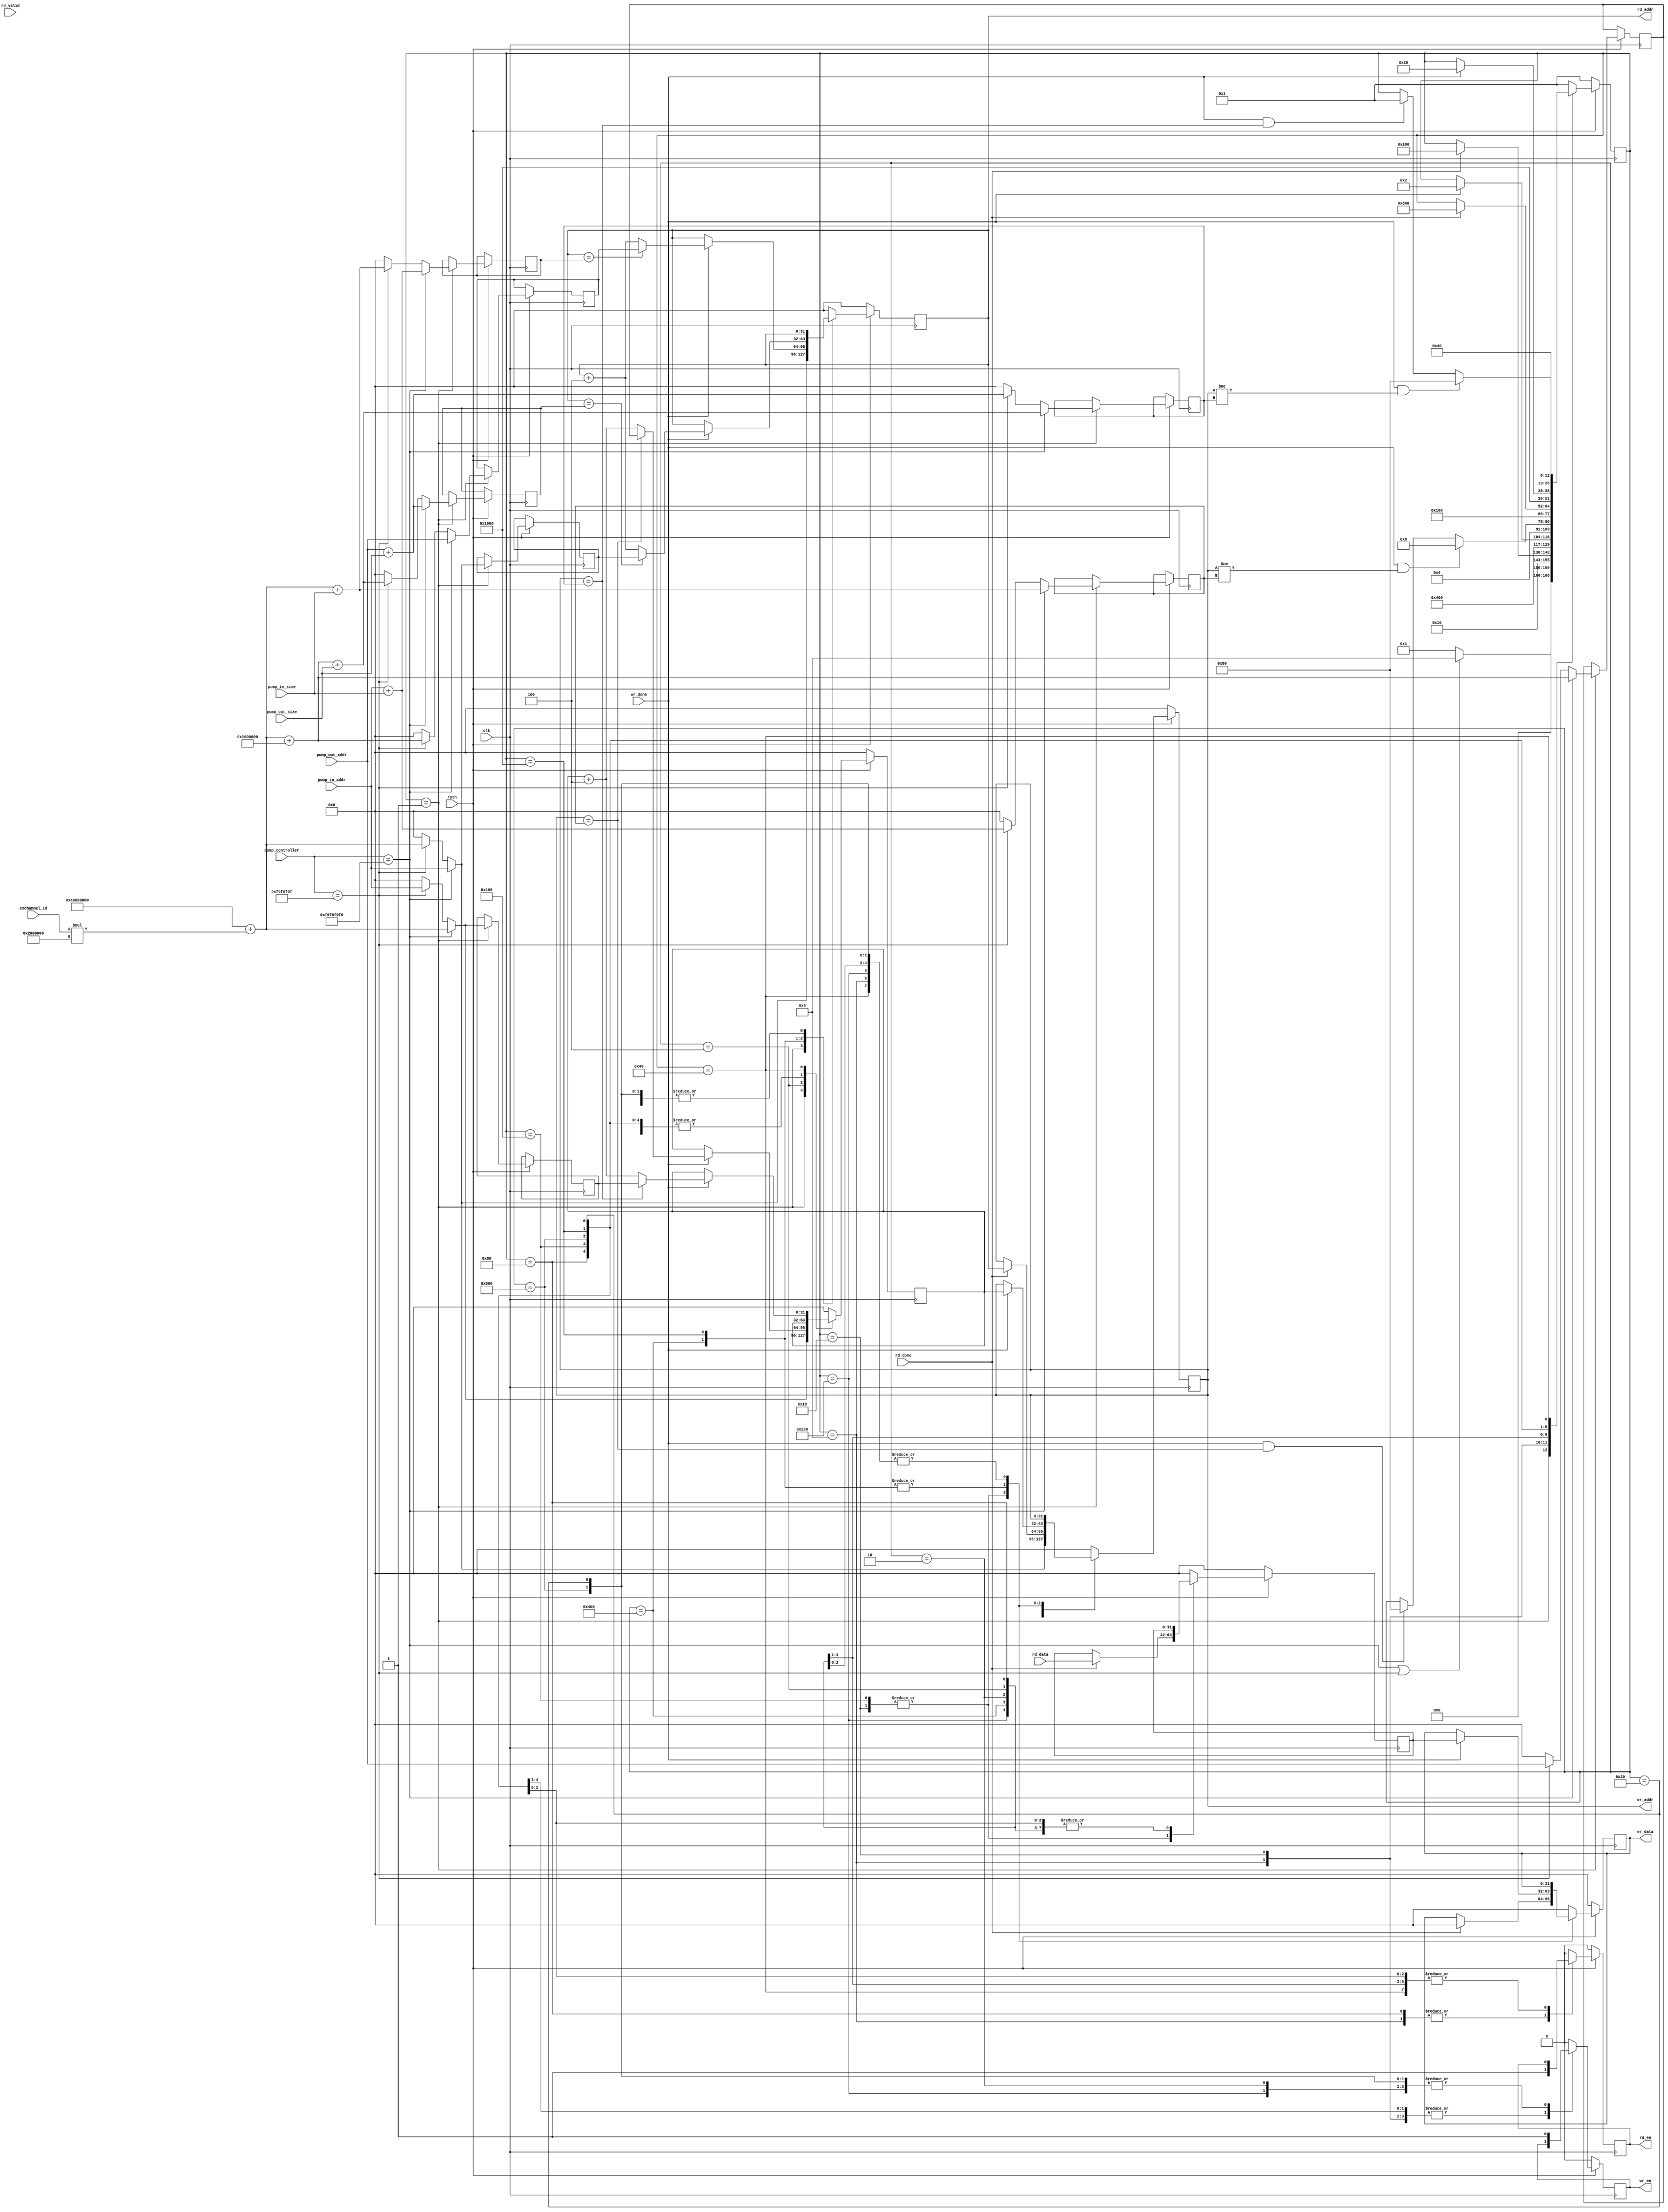
`timescale 1ns / 1ps
//////////////////////////////////////////////////////////////////////////////////
// Company: 
// Engineer: 
// 
// Design Name: 
// Module Name: pump
// Project Name: 
// Target Devices: 
// Tool Versions: 
// Description: 
// 
// Dependencies: 
// 
// Revision:
// Revision 0.01 - File Created
// Additional Comments:
// 
//////////////////////////////////////////////////////////////////////////////////


module pump(
	input wire clk,
	input wire rstn,
	(*mark_debug = "true"*)output wire wr_en,
	(*mark_debug = "true"*)output wire [31:0] wr_addr,
	(*mark_debug = "true"*)output wire [31:0] wr_data,
	(*mark_debug = "true"*)input wire wr_done,
    
	(*mark_debug = "true"*)output wire rd_en,
	(*mark_debug = "true"*)output wire [31:0] rd_addr,
	(*mark_debug = "true"*)input wire rd_valid,
	(*mark_debug = "true"*)input wire [31:0] rd_data,
	(*mark_debug = "true"*)input wire rd_done,
     
	(*mark_debug = "true"*)input wire [31:0] exchannel_id,
	(*mark_debug = "true"*)input wire [31:0] pump_in_addr,
	(*mark_debug = "true"*)input wire [31:0] pump_in_size,
	(*mark_debug = "true"*)input wire [31:0] pump_out_addr,
	(*mark_debug = "true"*)input wire [31:0] pump_out_size,
	(*mark_debug = "true"*)input wire [31:0] pump_controller
	);

	(*mark_debug = "true"*)reg [31:0]  read_in_base_addr;
	(*mark_debug = "true"*)reg [31:0]  read_in_max_addr;
	(*mark_debug = "true"*)reg [31:0]  write_in_base_addr; 
	(*mark_debug = "true"*)reg [31:0]  write_in_max_addr;
	(*mark_debug = "true"*)reg [31:0]  read_out_base_addr;
	(*mark_debug = "true"*)reg [31:0]  read_out_max_addr;
	(*mark_debug = "true"*)reg [31:0]  write_out_base_addr;
	(*mark_debug = "true"*)reg [31:0]  write_out_max_addr; 

	
	
	(*mark_debug = "true"*)reg [31:0] rd_addr_reg;
	(*mark_debug = "true"*)reg [31:0] wr_addr_reg;
	(*mark_debug = "true"*)reg [31:0] wr_addr_next_reg;
	(*mark_debug = "true"*)reg rd_en_reg;
	(*mark_debug = "true"*)reg wr_en_reg;
	(*mark_debug = "true"*)reg [31:0] wr_data_reg;
	(*mark_debug = "true"*)reg [31:0] wr_data_next_reg;

	
	assign rd_addr = rd_addr_reg;
	assign wr_addr = wr_addr_reg;
	assign rd_en   = rd_en_reg;
	assign wr_en   = wr_en_reg;
	assign wr_data = wr_data_reg;


	//state machine
	(*mark_debug = "true"*)reg [12:0] state;
	parameter [12:0]  IDLE           = 13'b0_0000_0000_0001;
	parameter [12:0]  WR_IN          = 13'b0_0000_0000_0010;
	parameter [12:0]  WR_IN_DONE     = 13'b0_0000_0000_0100;
	parameter [12:0]  RD_IN          = 13'b0_0000_0000_1000;
	parameter [12:0]  RD_IN_DONE     = 13'b0_0000_0001_0000;
    
	parameter [12:0]  WR_OUT         = 13'b0_0000_0010_0000;
	parameter [12:0]  WR_OUT_DONE    = 13'b0_0000_0100_0000;
	parameter [12:0]  RD_OUT         = 13'b0_0000_1000_0000;
	parameter [12:0]  RD_OUT_DONE    = 13'b0_0001_0000_0000; 
      
	parameter [12:0]  FLUSH_IN       = 13'b0_0010_0000_0000;
	parameter [12:0]  FLUSH_IN_DONE  = 13'b0_0100_0000_0000;    
	parameter [12:0]  FLUSH_OUT      = 13'b0_1000_0000_0000;
	parameter [12:0]  FLUSH_OUT_DONE = 13'b1_0000_0000_0000;	

	
	//exchannel0 base address
	parameter [31:0] EXCHANNEL0_BASE_ADDR = 32'hA000_0000;

	
	//pump_controller        
	parameter [31:0] PUMP_IN   = 32'hF0F0F0F0;
	parameter [31:0] PUMP_OUT  = 32'h0F0F0F0F;
	


	
	//====================================================
	//state machine and base registers
	//====================================================
	always @(posedge clk) 
		begin
		if (rstn == 1'b0) 
			begin
			state <= IDLE;
			end	
		else
			begin
			case(state)
				IDLE:
					begin
					if(pump_controller == PUMP_IN || pump_controller == PUMP_OUT) 
						begin
						state <= RD_IN;
						end
					else 
						begin
                        state <= IDLE;
						end
					
					end
				RD_IN: 
					begin
					state <= RD_IN_DONE;
					end 
				RD_IN_DONE:
					begin
					if (rd_done == 1'b1) 
						begin
						state <= FLUSH_IN;
						end    
					else 
						begin
						state <= state;
						end
					end				
				FLUSH_IN:
					begin
					state <= FLUSH_IN_DONE;
					end 				
				FLUSH_IN_DONE:
					begin
					if (wr_done == 1'b1) 
						begin
						state <= WR_IN;
						end
					else 
						begin
						state <= state;
						end
					end				
				WR_IN:
					begin
					state <= WR_IN_DONE;
					end				
				WR_IN_DONE:
					begin
					if ((wr_done == 1'b1) && (wr_addr_reg != write_in_max_addr)) 
						begin
						state <= RD_IN;
						end
					else if ((wr_done == 1'b1) && (wr_addr_reg == write_in_max_addr)) 
						begin
						state <= RD_OUT;
						end 
					else 
						begin
						state <= state;
						end
					end 				
				RD_OUT:
					begin
					state <= RD_OUT_DONE;                                                    
					end				
				RD_OUT_DONE:
					begin
					if(rd_done == 1'b1)
						begin
						state <= FLUSH_OUT;
						end
					else
						begin
						state <= state;
						end                                                               
					end				
				FLUSH_OUT:
					begin
					state <= FLUSH_OUT_DONE;
					end				
				FLUSH_OUT_DONE:
					begin
					if(wr_done == 1'b1)
						begin
						state <= WR_OUT;
						end
					end				
				WR_OUT:
					begin
					state <= WR_OUT_DONE;
					end				
				WR_OUT_DONE:
					begin
					if ((wr_done == 1'b1) && (wr_addr_reg != write_out_max_addr)) 
						begin
						state <= RD_OUT;
						end
					else if ((wr_done == 1'b1) && (wr_addr_reg == write_out_max_addr)) 
						begin
						state <= IDLE;
						end 
					else 
						begin
						state <= state;
						end
					end
				default: 
					begin
					state = IDLE;
					end					
			endcase
			end
		end

	//====================================================
	//read and write address and data
	//====================================================  
	always @(posedge clk) 	
		begin
		if (rstn == 1'b0) 
			begin
			rd_en_reg <= 1'b0;
			wr_en_reg <= 1'b0;
			rd_addr_reg <= 32'h0;
			wr_addr_reg <= 32'h0;
			wr_data_reg <= 32'h0;
			wr_addr_next_reg <= 32'h0;
			wr_data_next_reg <= 32'h0;
			end			
		else 
			begin
            case (state)
				IDLE:
					begin
					rd_en_reg    <= 1'b0;
					wr_en_reg    <= 1'b0;					
					wr_data_reg  <= 32'h0;
					wr_data_next_reg <= 32'h0;
					if(pump_controller == PUMP_IN) 
						begin
						read_in_base_addr    <= pump_in_addr;
						rd_addr_reg          <= pump_in_addr;
						wr_addr_reg          <= pump_in_addr;						
						read_in_max_addr     <= pump_in_addr+pump_in_size;
						read_out_base_addr   <= pump_out_addr;
						read_out_max_addr    <= pump_out_addr+pump_out_size;                       
						write_in_base_addr   <= EXCHANNEL0_BASE_ADDR + exchannel_id*32'h2000000;
						wr_addr_next_reg     <= EXCHANNEL0_BASE_ADDR + exchannel_id*32'h2000000;
						write_in_max_addr    <= EXCHANNEL0_BASE_ADDR + exchannel_id*32'h2000000 + pump_in_size;
						write_out_base_addr  <= EXCHANNEL0_BASE_ADDR + exchannel_id*32'h2000000 + 32'h1000000;
						write_out_max_addr   <= EXCHANNEL0_BASE_ADDR + exchannel_id*32'h2000000 + 32'h1000000 + pump_out_size;                                                                       						
						end
					else if(pump_controller == PUMP_OUT)
						begin
                        read_in_base_addr    <= EXCHANNEL0_BASE_ADDR + exchannel_id*32'h2000000;
						rd_addr_reg          <= EXCHANNEL0_BASE_ADDR + exchannel_id*32'h2000000;
						wr_addr_reg          <= EXCHANNEL0_BASE_ADDR + exchannel_id*32'h2000000;
                        read_in_max_addr     <= EXCHANNEL0_BASE_ADDR + exchannel_id*32'h2000000 + pump_in_size;
                        read_out_base_addr   <= EXCHANNEL0_BASE_ADDR + exchannel_id*32'h2000000 + 32'h1000000;
                        read_out_max_addr    <= EXCHANNEL0_BASE_ADDR + exchannel_id*32'h2000000 + 32'h1000000 + pump_out_size;                         
                        write_in_base_addr   <= pump_in_addr;
						wr_addr_next_reg     <= pump_in_addr;
                        write_in_max_addr    <= pump_in_addr+pump_in_size;
                        write_out_base_addr  <= pump_out_addr;
                        write_out_max_addr   <= pump_out_addr+pump_out_size; 						
						end
					else
						begin
						read_in_base_addr    <= 32'h0;
						rd_addr_reg          <= 32'h0;
						wr_addr_reg          <= 32'h0;
						read_in_max_addr     <= 32'h0;
						read_out_base_addr   <= 32'h0;
						read_out_max_addr    <= 32'h0;                         
						write_in_base_addr   <= 32'h0;
						wr_addr_next_reg     <= 32'h0;
						write_in_max_addr    <= 32'h0;
						write_out_base_addr  <= 32'h0;
						write_out_max_addr   <= 32'h0; 
						end
					end
				RD_IN:
					begin
					rd_en_reg <= 1'b1;
					rd_addr_reg  <= rd_addr_reg;
					end
				RD_IN_DONE:
					begin
					rd_en_reg <= 1'b0;
					if (rd_done == 1'b1) 
						begin
						wr_data_next_reg <= rd_data;
						wr_data_reg <= 32'h0;
						wr_addr_reg <= rd_addr_reg;						
						end
					else 
						begin
						wr_data_next_reg <= wr_data_next_reg;
						end					
					end
				FLUSH_IN:
					begin
					wr_en_reg   <= 1'b1;
					end				
				FLUSH_IN_DONE:
					begin
					wr_en_reg   <= 1'b0;
					if(wr_done == 1'b1)
						begin
						wr_data_reg <= wr_data_next_reg;
						wr_addr_reg <= wr_addr_next_reg;						
						if(rd_addr_reg == read_in_max_addr)
							begin
							rd_addr_reg <= read_out_base_addr;
							end
						else
							begin
							rd_addr_reg <= rd_addr_reg + 32'h4;
							end
						end
					else
						begin
						rd_addr_reg <= rd_addr_reg;
						end
					end				
				WR_IN:
					begin
					wr_en_reg   <= 1'b1;
					end				
				WR_IN_DONE:
					begin
					wr_en_reg   <= 1'b0;
					if(wr_done == 1'b1)
						begin
						if(wr_addr_reg == write_in_max_addr)
							begin
							wr_addr_next_reg <= write_out_base_addr;
							end
						else
							begin
							wr_addr_next_reg <= wr_addr_next_reg + 32'h4;
							end
						end
					else
						begin
						wr_addr_reg <= wr_addr_reg;
						end
					end
				RD_OUT:
					begin
					rd_en_reg <= 1'b1;
					rd_addr_reg <= rd_addr_reg;                   
					end				
				RD_OUT_DONE:
					begin
					rd_en_reg <= 1'b0;
					if (rd_done == 1'b1) 
						begin
						wr_data_next_reg <= rd_data;
						wr_data_reg <= 32'h0;
						wr_addr_reg <= rd_addr_reg;						
						end
					else 
						begin
						wr_data_next_reg <= wr_data_next_reg;
						end 
					end				
				FLUSH_OUT:
					begin
					wr_en_reg   <= 1'b1;
					end					
				FLUSH_OUT_DONE:
					begin
					wr_en_reg   <= 1'b0;
					if(wr_done == 1'b1)
						begin
						wr_data_reg <= wr_data_next_reg;
						wr_addr_reg <= wr_addr_next_reg;
						if(rd_addr_reg == read_out_max_addr)
							begin
							rd_addr_reg <= read_in_base_addr;
							end
						else
							begin
							rd_addr_reg <= rd_addr_reg + 32'h4;
							end
						end
					else
						begin
						rd_addr_reg <= rd_addr_reg;
						end
					end					
				WR_OUT:
					begin
					wr_en_reg   <= 1'b1;
					end				
				WR_OUT_DONE:
					begin
					wr_en_reg   <= 1'b0;
					if(wr_done == 1'b1)
						begin
						if(wr_addr_reg == write_out_max_addr)
							begin
							wr_addr_next_reg <= write_in_base_addr;
							end
						else
							begin
							wr_addr_next_reg <= wr_addr_next_reg +32'h4;
							end
						end
					else
						begin
						wr_addr_reg <= wr_addr_reg;
						end
					end					
				default:
					begin
					rd_en_reg <= 1'b0;
					wr_en_reg <= 1'b0;
					rd_addr_reg <= 32'h0;
					wr_addr_reg <= 32'h0;
					wr_data_reg <= 32'h0;
					wr_addr_next_reg <= 32'h0;
					wr_data_next_reg <= 32'h0;					
					end
				
			endcase		
			end
		end
			
endmodule